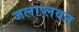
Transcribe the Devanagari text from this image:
जलाप्लवन